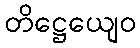
တိဋ္ဌေယျေဝ